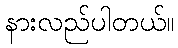
နားလည်ပါတယ်။